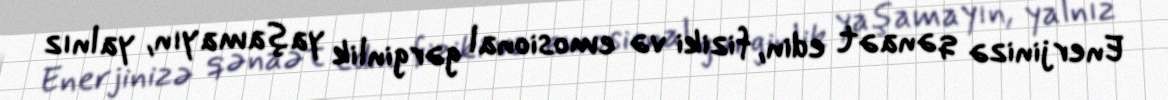
Enerjinizə qənaət edin, fiziki və emosional gərginlik yaşamayın, yalnız